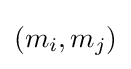
(m_{i},m_{j})